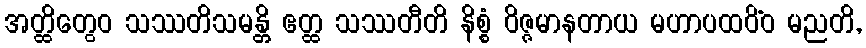
အတ္ထိတွေဝ သဿတိသမန္တိ ဧတ္ထ သဿတီတိ နိစ္စံ ဝိဇ္ဇမာနတာယ မဟာပထဝိံဝ မညတိ,